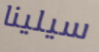
سيلينا